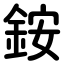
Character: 銨